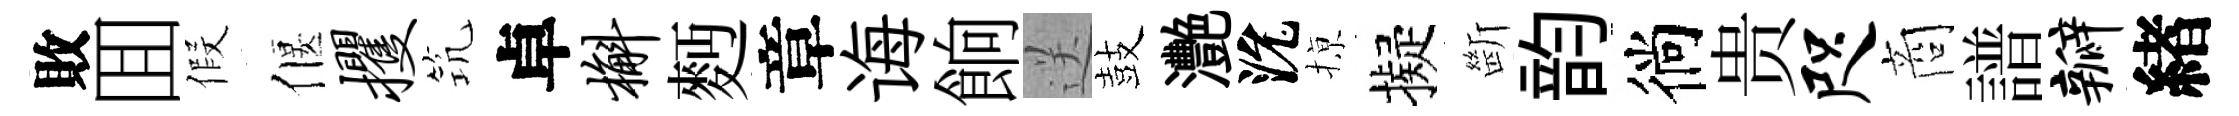
敗囬假偃攫𥬑卓槲麪章诲餉送鼓灧沇𢱊擬㫁韵徜贵咫商譜瓣緖